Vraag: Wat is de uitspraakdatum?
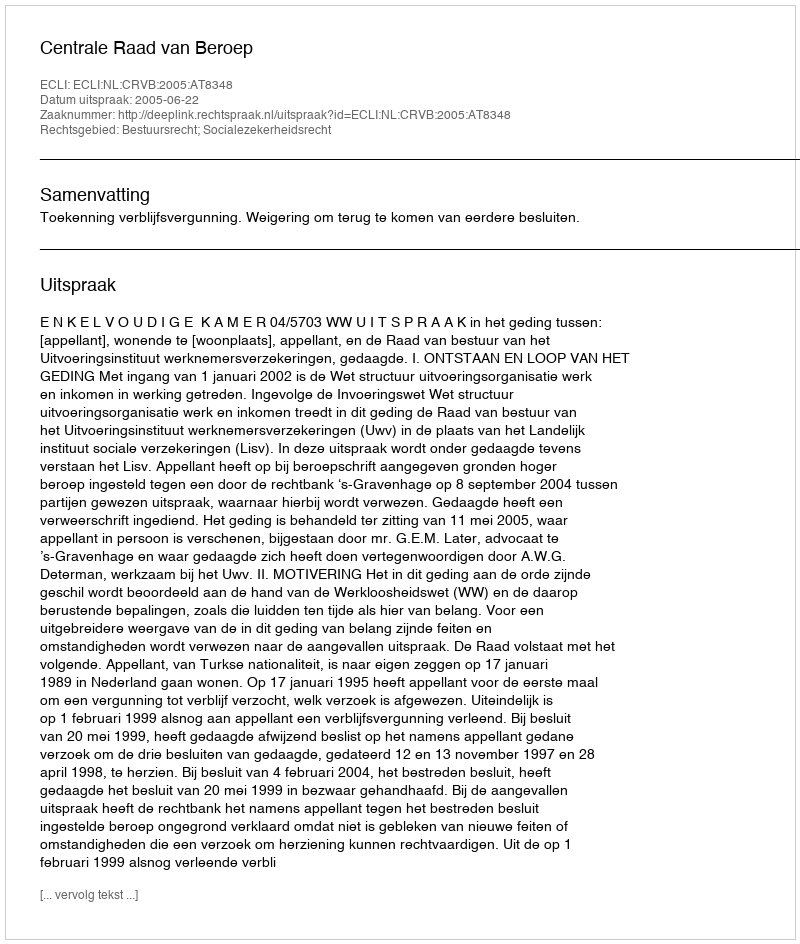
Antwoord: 2005-06-22